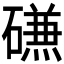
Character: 𰧧